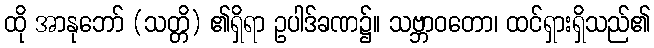
ထို အာနုဘော် (သတ္တိ) ၏ရှိရာ ဥပါဒ်ခဏ၌။ သဗ္ဘာဝတော၊ ထင်ရှားရှိသည်၏